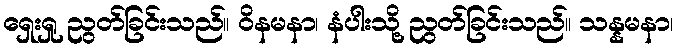
ရှေးရှု ညွတ်ခြင်းသည်။ ဝိနမနာ၊ နံပါးသို့ ညွတ်ခြင်းသည်။ သန္နမနာ၊